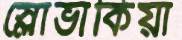
স্লোভাকিয়া